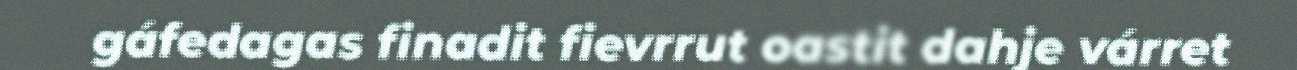
gáfedagas finadit fievrrut oastit dahje várret